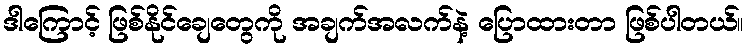
ဒါကြောင့် ဖြစ်နိုင်ချေတွေကို အချက်အလက်နဲ့ ပြောထားတာ ဖြစ်ပါတယ်။